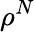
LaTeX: \rho^{N}